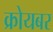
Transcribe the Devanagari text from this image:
क्रोयबर